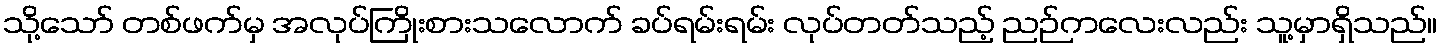
သို့သော် တစ်ဖက်မှ အလုပ်ကြိုးစားသလောက် ခပ်ရမ်းရမ်း လုပ်တတ်သည့် ညဉ်ကလေးလည်း သူ့မှာရှိသည်။